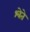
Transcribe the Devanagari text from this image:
श्वेते